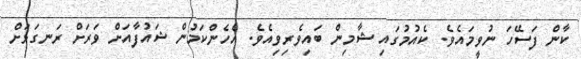
ކާން ފަސޭހަ ނުވީމައެވެ. ކެއުމުގައި ޝާމިން ބައިވެރިވިއެވެ. އެހެންކަމުން ޝައުފާއަށް ވަރަށް ރަނގަޅަށް